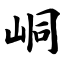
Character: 峒